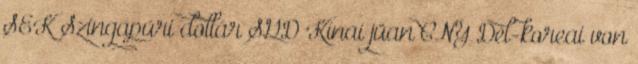
SEK Szingapúri dollár SGD Kínai jüan CNY Dél-koreai von